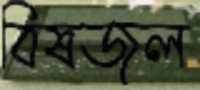
বিষজল